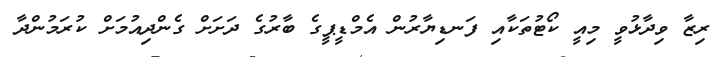
ރިޒާ ވިދާޅުވީ މިއީ ކޯޓުތަކާއި ފަނޑިޔާރުން އެމްޑީޕީގެ ބާރުގެ ދަށަށް ގެންދިއުމަށް ކުރަމުންދާ